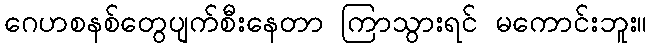
ဂေဟစနစ်တွေပျက်စီးနေတာ ကြာသွားရင် မကောင်းဘူး။